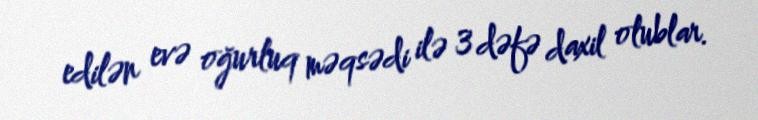
edilən evə oğurluq məqsədi ilə 3 dəfə daxil olublar.